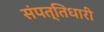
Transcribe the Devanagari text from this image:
संपत्तिधारी